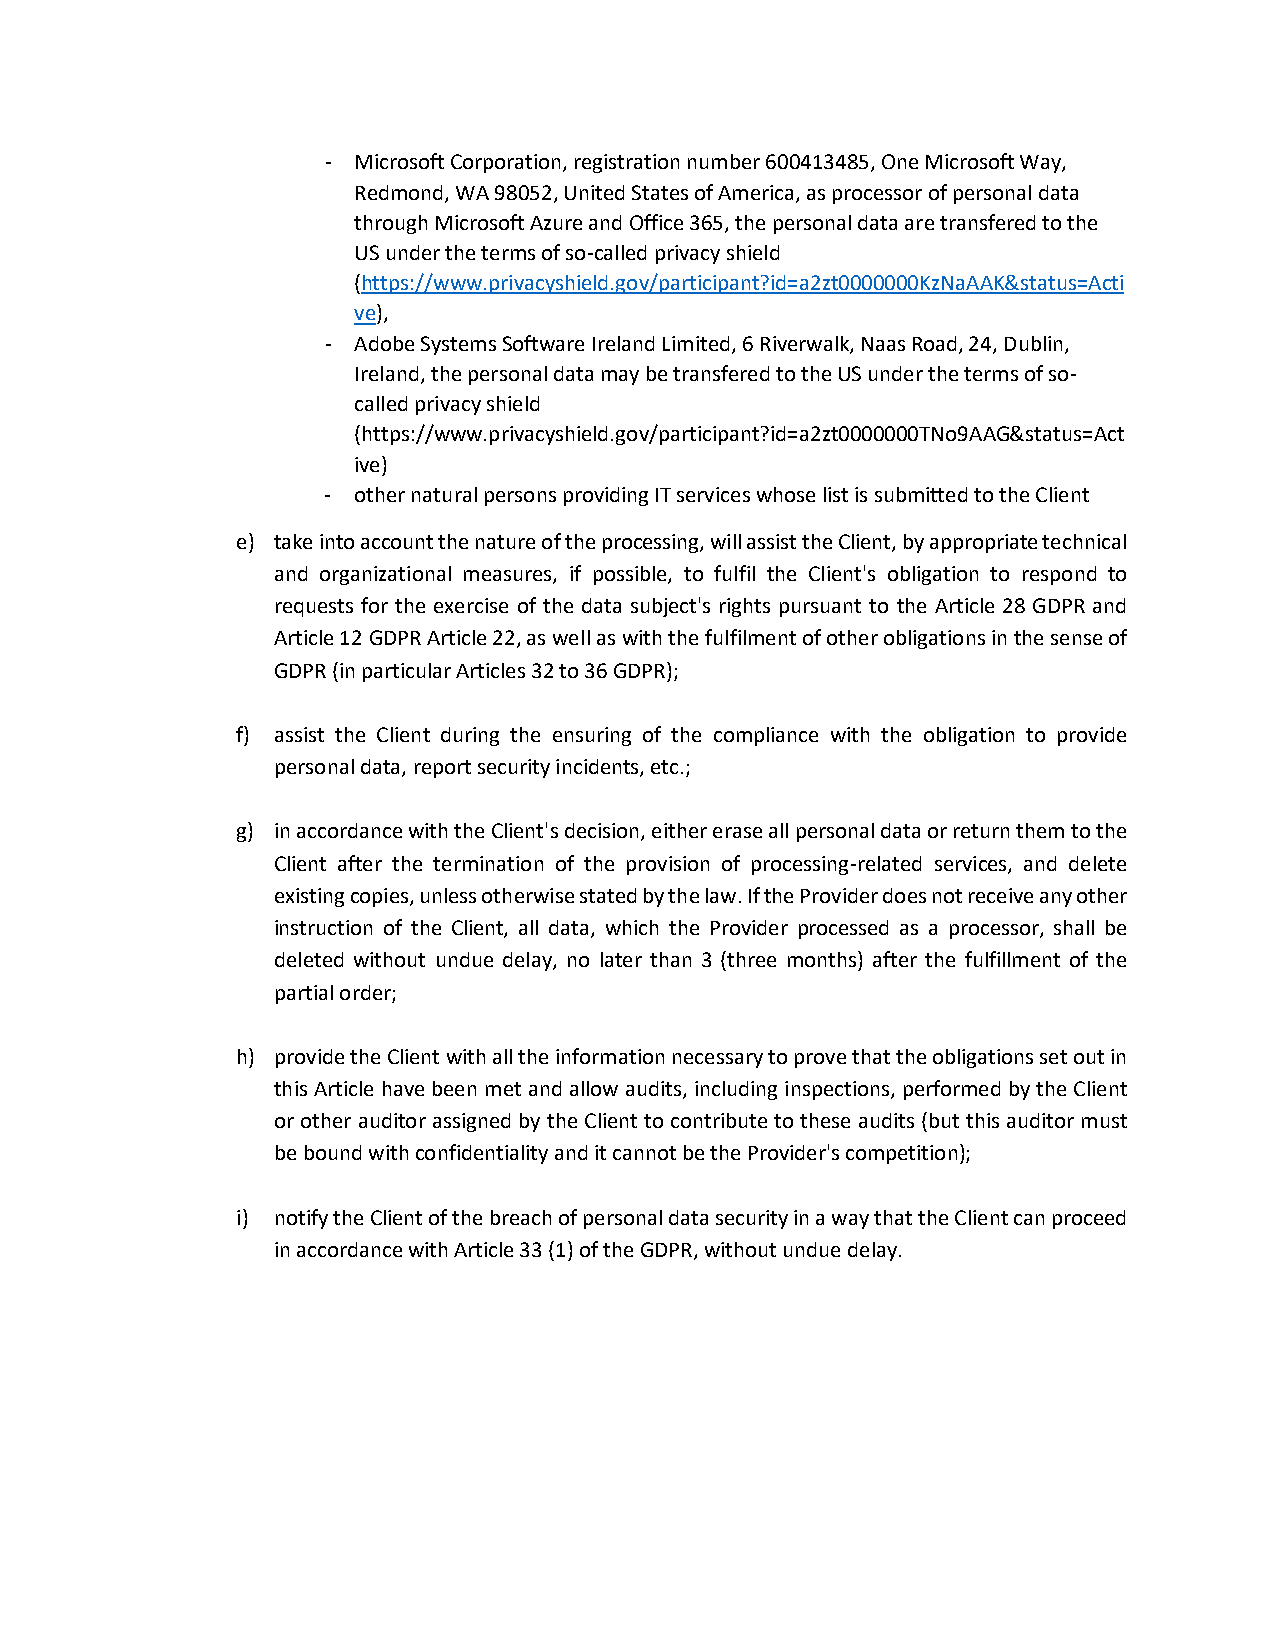
- Microsoft Corporation, registration number 600413485, One Microsoft Way,
 Redmond, WA 98052, United States of America, as processor of personal data
 through Microsoft Azure and Office 365, the personal data are transfered to the
 US under the terms of so-called privacy shield
 (https://www.privacyshield.gov/participant?id=a2zt0000000KzNaAAK&status=Acti
 ve),
 - Adobe Systems Software Ireland Limited, 6 Riverwalk, Naas Road, 24, Dublin,
 Ireland, the personal data may be transfered to the US under the terms of so-
 called privacy shield
 (https://www.privacyshield.gov/participant?id=a2zt0000000TNo9AAG&status=Act
 ive)
 - other natural persons providing IT services whose list is submitted to the Client
 e) take into account the nature of the processing, will assist the Client, by appropriate technical
 and organizational measures, if possible, to fulfil the Client's obligation to respond to
 requests for the exercise of the data subject's rights pursuant to the Article 28 GDPR and
 Article 12 GDPR Article 22, as well as with the fulfilment of other obligations in the sense of
 GDPR (in particular Articles 32 to 36 GDPR);
 f) assist the Client during the ensuring of the compliance with the obligation to provide
 personal data, report security incidents, etc.;
 g) in accordance with the Client's decision, either erase all personal data or return them to the
 Client after the termination of the provision of processing-related services, and delete
 existing copies, unless otherwise stated by the law. If the Provider does not receive any other
 instruction of the Client, all data, which the Provider processed as a processor, shall be
 deleted without undue delay, no later than 3 (three months) after the fulfillment of the
 partial order;
 h) provide the Client with all the information necessary to prove that the obligations set out in
 this Article have been met and allow audits, including inspections, performed by the Client
 or other auditor assigned by the Client to contribute to these audits (but this auditor must
 be bound with confidentiality and it cannot be the Provider's competition);
 i) notify the Client of the breach of personal data security in a way that the Client can proceed
 in accordance with Article 33 (1) of the GDPR, without undue delay.